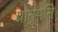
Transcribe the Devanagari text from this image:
प्रानुमति